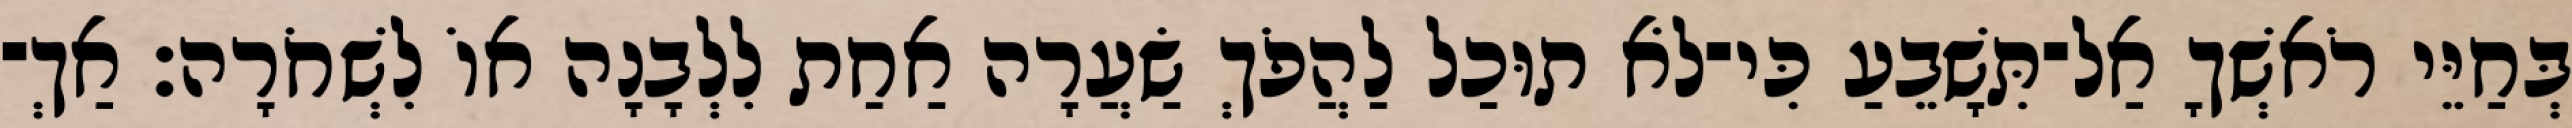
בְּחַיֵּי רֹאשְׁךָ אַל־תִּשָׁבֵעַ כִּי־לֹא תוּכַל לַהֲפֹךְ שַׂעֲרָה אַחַת לִלְבָנָה אוֹ לִשְׁחֹרָה׃ אַךְ־